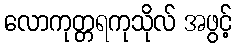
လောကုတ္တရကုသိုလ် အဖွင့်